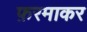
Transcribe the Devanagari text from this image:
फ़रमाकर